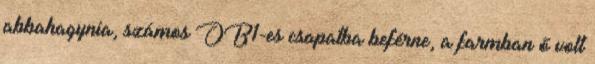
abbahagynia, számos OB1-es csapatba beférne, a farmban ő volt